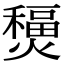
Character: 𤐧